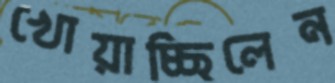
খোয়াচ্ছিলেন